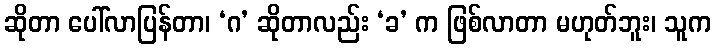
ဆိုတာ ပေါ်လာပြန်တာ၊ ‘ဂ’ ဆိုတာလည်း ‘ခ’ က ဖြစ်လာတာ မဟုတ်ဘူး၊ သူက